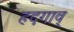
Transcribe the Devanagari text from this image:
हदगाव्